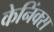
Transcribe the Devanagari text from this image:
केनिंक्स